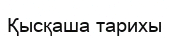
Қысқаша тарихы